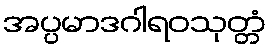
အပ္ပမာဒဂါရဝသုတ္တံ